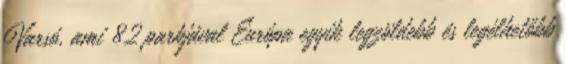
Varsó, ami 82 parkjával Európa egyik legzöldebb és legélhetőbb